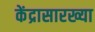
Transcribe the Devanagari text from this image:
केंद्रासारख्या